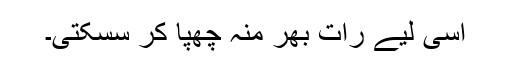
اسی لیے رات بھر منہ چھپا کر سسکتی۔